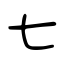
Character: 七